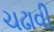
ચઢાવી